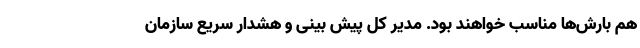
هم بارش‌ها مناسب خواهند بود. مدیر کل پیش بینی و هشدار سریع سازمان